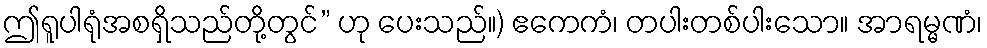
ဤရူပါရုံအစရှိသည်တို့တွင်” ဟု ပေးသည်။) ဧကေကံ၊ တပါးတစ်ပါးသော။ အာရမ္မဏံ၊